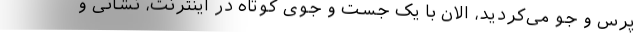
پرس و جو می‌کردید، الان با یک جست و جوی کوتاه در اینترنت، نشانی و